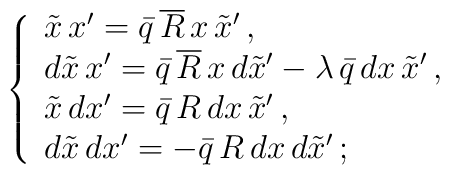
\left\{ \begin{array}{l}\tilde{x}\,x'=\bar{q}\,\overline{R}\,x\,\tilde{x}'\,,  \\d\tilde{x}\,x'=\bar{q}\,\overline{R}\,x\,d\tilde{x}'-\lambda \,\bar{q}\,dx\,\tilde{x}'\,,  \\\tilde{x}\,dx'=\bar{q}\,R\,dx\,\tilde{x}'\,,  \\d\tilde{x}\,dx'=-\bar{q}\,R\,dx\,d\tilde{x}'\,;\end{array} \right.